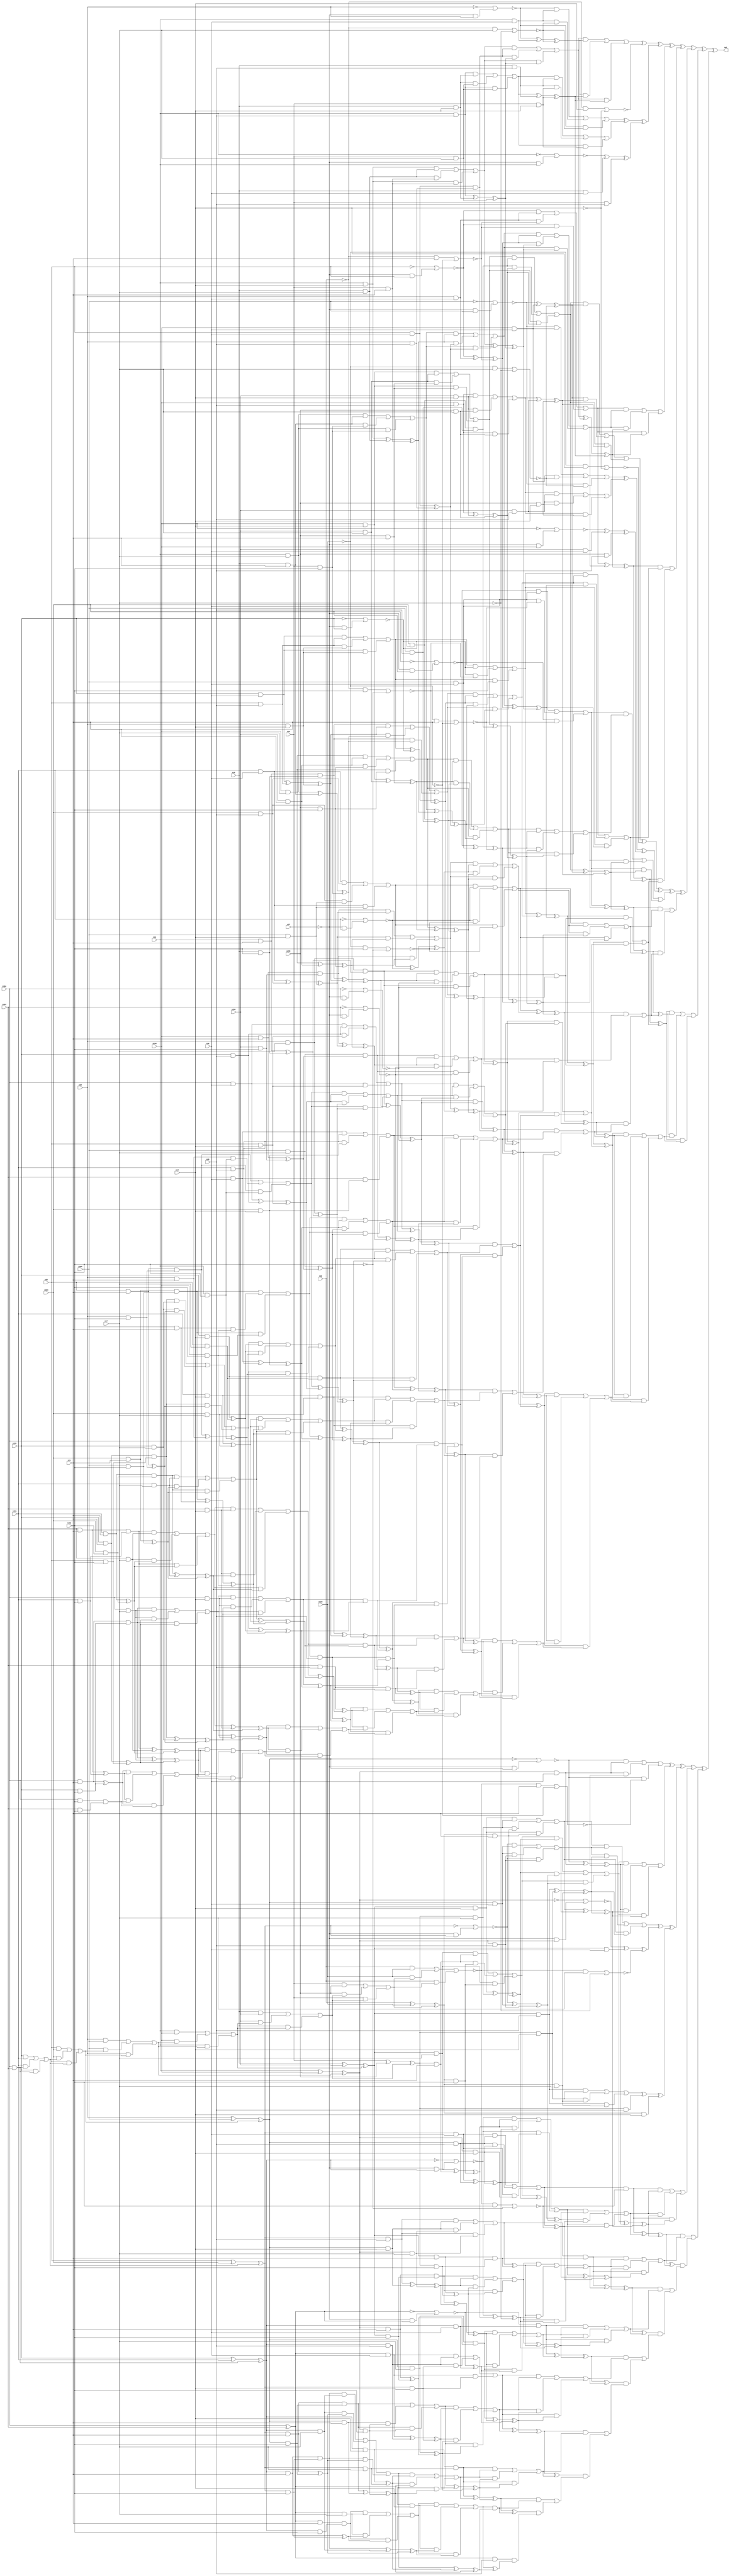
module top (out,n13,n14,n16,n17,n20,n21,n25,n26,n28
        ,n29,n43,n48,n103,n131,n184,n294,n296,n299,n303
        ,n305,n322,n401,n453);
output out;
input n13;
input n14;
input n16;
input n17;
input n20;
input n21;
input n25;
input n26;
input n28;
input n29;
input n43;
input n48;
input n103;
input n131;
input n184;
input n294;
input n296;
input n299;
input n303;
input n305;
input n322;
input n401;
input n453;
wire n0;
wire n1;
wire n2;
wire n3;
wire n4;
wire n5;
wire n6;
wire n7;
wire n8;
wire n9;
wire n10;
wire n11;
wire n12;
wire n15;
wire n18;
wire n19;
wire n22;
wire n23;
wire n24;
wire n27;
wire n30;
wire n31;
wire n32;
wire n33;
wire n34;
wire n35;
wire n36;
wire n37;
wire n38;
wire n39;
wire n40;
wire n41;
wire n42;
wire n44;
wire n45;
wire n46;
wire n47;
wire n49;
wire n50;
wire n51;
wire n52;
wire n53;
wire n54;
wire n55;
wire n56;
wire n57;
wire n58;
wire n59;
wire n60;
wire n61;
wire n62;
wire n63;
wire n64;
wire n65;
wire n66;
wire n67;
wire n68;
wire n69;
wire n70;
wire n71;
wire n72;
wire n73;
wire n74;
wire n75;
wire n76;
wire n77;
wire n78;
wire n79;
wire n80;
wire n81;
wire n82;
wire n83;
wire n84;
wire n85;
wire n86;
wire n87;
wire n88;
wire n89;
wire n90;
wire n91;
wire n92;
wire n93;
wire n94;
wire n95;
wire n96;
wire n97;
wire n98;
wire n99;
wire n100;
wire n101;
wire n102;
wire n104;
wire n105;
wire n106;
wire n107;
wire n108;
wire n109;
wire n110;
wire n111;
wire n112;
wire n113;
wire n114;
wire n115;
wire n116;
wire n117;
wire n118;
wire n119;
wire n120;
wire n121;
wire n122;
wire n123;
wire n124;
wire n125;
wire n126;
wire n127;
wire n128;
wire n129;
wire n130;
wire n132;
wire n133;
wire n134;
wire n135;
wire n136;
wire n137;
wire n138;
wire n139;
wire n140;
wire n141;
wire n142;
wire n143;
wire n144;
wire n145;
wire n146;
wire n147;
wire n148;
wire n149;
wire n150;
wire n151;
wire n152;
wire n153;
wire n154;
wire n155;
wire n156;
wire n157;
wire n158;
wire n159;
wire n160;
wire n161;
wire n162;
wire n163;
wire n164;
wire n165;
wire n166;
wire n167;
wire n168;
wire n169;
wire n170;
wire n171;
wire n172;
wire n173;
wire n174;
wire n175;
wire n176;
wire n177;
wire n178;
wire n179;
wire n180;
wire n181;
wire n182;
wire n183;
wire n185;
wire n186;
wire n187;
wire n188;
wire n189;
wire n190;
wire n191;
wire n192;
wire n193;
wire n194;
wire n195;
wire n196;
wire n197;
wire n198;
wire n199;
wire n200;
wire n201;
wire n202;
wire n203;
wire n204;
wire n205;
wire n206;
wire n207;
wire n208;
wire n209;
wire n210;
wire n211;
wire n212;
wire n213;
wire n214;
wire n215;
wire n216;
wire n217;
wire n218;
wire n219;
wire n220;
wire n221;
wire n222;
wire n223;
wire n224;
wire n225;
wire n226;
wire n227;
wire n228;
wire n229;
wire n230;
wire n231;
wire n232;
wire n233;
wire n234;
wire n235;
wire n236;
wire n237;
wire n238;
wire n239;
wire n240;
wire n241;
wire n242;
wire n243;
wire n244;
wire n245;
wire n246;
wire n247;
wire n248;
wire n249;
wire n250;
wire n251;
wire n252;
wire n253;
wire n254;
wire n255;
wire n256;
wire n257;
wire n258;
wire n259;
wire n260;
wire n261;
wire n262;
wire n263;
wire n264;
wire n265;
wire n266;
wire n267;
wire n268;
wire n269;
wire n270;
wire n271;
wire n272;
wire n273;
wire n274;
wire n275;
wire n276;
wire n277;
wire n278;
wire n279;
wire n280;
wire n281;
wire n282;
wire n283;
wire n284;
wire n285;
wire n286;
wire n287;
wire n288;
wire n289;
wire n290;
wire n291;
wire n292;
wire n293;
wire n295;
wire n297;
wire n298;
wire n300;
wire n301;
wire n302;
wire n304;
wire n306;
wire n307;
wire n308;
wire n309;
wire n310;
wire n311;
wire n312;
wire n313;
wire n314;
wire n315;
wire n316;
wire n317;
wire n318;
wire n319;
wire n320;
wire n321;
wire n323;
wire n324;
wire n325;
wire n326;
wire n327;
wire n328;
wire n329;
wire n330;
wire n331;
wire n332;
wire n333;
wire n334;
wire n335;
wire n336;
wire n337;
wire n338;
wire n339;
wire n340;
wire n341;
wire n342;
wire n343;
wire n344;
wire n345;
wire n346;
wire n347;
wire n348;
wire n349;
wire n350;
wire n351;
wire n352;
wire n353;
wire n354;
wire n355;
wire n356;
wire n357;
wire n358;
wire n359;
wire n360;
wire n361;
wire n362;
wire n363;
wire n364;
wire n365;
wire n366;
wire n367;
wire n368;
wire n369;
wire n370;
wire n371;
wire n372;
wire n373;
wire n374;
wire n375;
wire n376;
wire n377;
wire n378;
wire n379;
wire n380;
wire n381;
wire n382;
wire n383;
wire n384;
wire n385;
wire n386;
wire n387;
wire n388;
wire n389;
wire n390;
wire n391;
wire n392;
wire n393;
wire n394;
wire n395;
wire n396;
wire n397;
wire n398;
wire n399;
wire n400;
wire n402;
wire n403;
wire n404;
wire n405;
wire n406;
wire n407;
wire n408;
wire n409;
wire n410;
wire n411;
wire n412;
wire n413;
wire n414;
wire n415;
wire n416;
wire n417;
wire n418;
wire n419;
wire n420;
wire n421;
wire n422;
wire n423;
wire n424;
wire n425;
wire n426;
wire n427;
wire n428;
wire n429;
wire n430;
wire n431;
wire n432;
wire n433;
wire n434;
wire n435;
wire n436;
wire n437;
wire n438;
wire n439;
wire n440;
wire n441;
wire n442;
wire n443;
wire n444;
wire n445;
wire n446;
wire n447;
wire n448;
wire n449;
wire n450;
wire n451;
wire n452;
wire n454;
wire n455;
wire n456;
wire n457;
wire n458;
wire n459;
wire n460;
wire n461;
wire n462;
wire n463;
wire n464;
wire n465;
wire n466;
wire n467;
wire n468;
wire n469;
wire n470;
wire n471;
wire n472;
wire n473;
wire n474;
wire n475;
wire n476;
wire n477;
wire n478;
wire n479;
wire n480;
wire n481;
wire n482;
wire n483;
wire n484;
wire n485;
wire n486;
wire n487;
wire n488;
wire n489;
wire n490;
wire n491;
wire n492;
wire n493;
wire n494;
wire n495;
wire n496;
wire n497;
wire n498;
wire n499;
wire n500;
wire n501;
wire n502;
wire n503;
wire n504;
wire n505;
wire n506;
wire n507;
wire n508;
wire n509;
wire n510;
wire n511;
wire n512;
wire n513;
wire n514;
wire n515;
wire n516;
wire n517;
wire n518;
wire n519;
wire n520;
wire n521;
wire n522;
wire n523;
wire n524;
wire n525;
wire n526;
wire n527;
wire n528;
wire n529;
wire n530;
wire n531;
wire n532;
wire n533;
wire n534;
wire n535;
wire n536;
wire n537;
wire n538;
wire n539;
wire n540;
wire n541;
wire n542;
wire n543;
wire n544;
wire n545;
wire n546;
wire n547;
wire n548;
wire n549;
wire n550;
wire n551;
wire n552;
wire n553;
wire n554;
wire n555;
wire n556;
wire n557;
wire n558;
wire n559;
wire n560;
wire n561;
wire n562;
wire n563;
wire n564;
wire n565;
wire n566;
wire n567;
wire n568;
wire n569;
wire n570;
wire n571;
wire n572;
wire n573;
wire n574;
wire n575;
wire n576;
wire n577;
wire n578;
wire n579;
wire n580;
wire n581;
wire n582;
wire n583;
wire n584;
wire n585;
wire n586;
wire n587;
wire n588;
wire n589;
wire n590;
wire n591;
wire n592;
wire n593;
wire n594;
wire n595;
wire n596;
wire n597;
wire n598;
wire n599;
wire n600;
wire n601;
wire n602;
wire n603;
wire n604;
wire n605;
wire n606;
wire n607;
wire n608;
wire n609;
wire n610;
wire n611;
wire n612;
wire n613;
wire n614;
wire n615;
wire n616;
wire n617;
wire n618;
wire n619;
wire n620;
wire n621;
wire n622;
wire n623;
wire n624;
wire n625;
wire n626;
wire n627;
wire n628;
wire n629;
wire n630;
wire n631;
wire n632;
wire n633;
wire n634;
wire n635;
wire n636;
wire n637;
wire n638;
wire n639;
wire n640;
wire n641;
wire n642;
wire n643;
wire n644;
wire n645;
wire n646;
wire n647;
wire n648;
wire n649;
wire n650;
wire n651;
wire n652;
wire n653;
wire n654;
wire n655;
wire n656;
wire n657;
wire n658;
wire n659;
wire n660;
wire n661;
wire n662;
wire n663;
wire n664;
wire n665;
wire n666;
wire n667;
wire n668;
wire n669;
wire n670;
wire n671;
wire n672;
wire n673;
wire n674;
wire n675;
wire n676;
wire n677;
wire n678;
wire n679;
wire n680;
wire n681;
wire n682;
wire n683;
wire n684;
wire n685;
wire n686;
wire n687;
wire n688;
wire n689;
wire n690;
wire n691;
wire n692;
wire n693;
wire n694;
wire n695;
wire n696;
wire n697;
wire n698;
wire n699;
wire n700;
wire n701;
wire n702;
wire n703;
wire n704;
wire n705;
wire n706;
wire n707;
wire n708;
wire n709;
wire n710;
wire n711;
wire n712;
wire n713;
wire n714;
wire n715;
wire n716;
wire n717;
wire n718;
wire n719;
wire n720;
wire n721;
wire n722;
wire n723;
wire n724;
wire n725;
wire n726;
wire n727;
wire n728;
wire n729;
wire n730;
wire n731;
wire n732;
wire n733;
wire n734;
wire n735;
wire n736;
wire n737;
wire n738;
wire n739;
wire n740;
wire n741;
wire n742;
wire n743;
wire n744;
wire n745;
wire n746;
wire n747;
wire n748;
wire n749;
wire n750;
wire n751;
wire n752;
wire n753;
wire n754;
wire n755;
wire n756;
wire n757;
wire n758;
wire n759;
wire n760;
wire n761;
wire n762;
wire n763;
wire n764;
wire n765;
wire n766;
wire n767;
wire n768;
wire n769;
wire n770;
wire n771;
wire n772;
wire n773;
wire n774;
wire n775;
wire n776;
wire n777;
wire n778;
wire n779;
wire n780;
wire n781;
wire n782;
wire n783;
wire n784;
wire n785;
wire n786;
wire n787;
wire n788;
wire n789;
wire n790;
wire n791;
wire n792;
wire n793;
wire n794;
wire n795;
wire n796;
wire n797;
wire n798;
wire n799;
wire n800;
wire n801;
wire n802;
wire n803;
wire n804;
wire n805;
wire n806;
wire n807;
wire n808;
wire n809;
wire n810;
wire n811;
wire n812;
wire n813;
wire n814;
wire n815;
wire n816;
wire n817;
wire n818;
wire n819;
wire n820;
wire n821;
wire n822;
wire n823;
wire n824;
wire n825;
wire n826;
wire n827;
wire n828;
wire n829;
wire n830;
wire n831;
wire n832;
wire n833;
wire n834;
wire n835;
wire n836;
wire n837;
wire n838;
wire n839;
wire n840;
wire n841;
wire n842;
wire n843;
wire n844;
wire n845;
wire n846;
wire n847;
wire n848;
wire n849;
wire n850;
wire n851;
wire n852;
wire n853;
wire n854;
wire n855;
wire n856;
wire n857;
wire n858;
wire n859;
wire n860;
wire n861;
wire n862;
wire n863;
wire n864;
wire n865;
wire n866;
wire n867;
wire n868;
wire n869;
wire n870;
wire n871;
wire n872;
wire n873;
wire n874;
wire n875;
wire n876;
wire n877;
wire n878;
wire n879;
wire n880;
wire n881;
wire n882;
wire n883;
wire n884;
wire n885;
wire n886;
wire n887;
wire n888;
wire n889;
wire n890;
wire n891;
wire n892;
wire n893;
wire n894;
wire n895;
wire n896;
wire n897;
wire n898;
wire n899;
wire n900;
wire n901;
wire n902;
wire n903;
wire n904;
wire n905;
wire n906;
wire n907;
wire n908;
wire n909;
wire n910;
wire n911;
wire n912;
wire n913;
wire n914;
wire n915;
wire n916;
wire n917;
wire n918;
wire n919;
wire n920;
wire n921;
wire n922;
wire n923;
wire n924;
wire n925;
wire n926;
wire n927;
wire n928;
wire n929;
wire n930;
wire n931;
xor (out,n0,n613);
xor (n0,n1,n552);
xor (n1,n2,n283);
xor (n2,n3,n120);
xor (n3,n4,n80);
xor (n4,n5,n63);
xor (n5,n6,n60);
or (n6,n7,n50,n59);
and (n7,n8,n37);
or (n8,n9,n30,n36);
and (n9,n10,n23);
or (n10,n11,n18,n22);
and (n11,n12,n15);
and (n12,n13,n14);
and (n15,n16,n17);
and (n18,n15,n19);
and (n19,n20,n21);
and (n22,n12,n19);
and (n23,n24,n27);
and (n24,n25,n26);
and (n27,n28,n29);
and (n30,n23,n31);
xor (n31,n32,n35);
xor (n32,n33,n34);
and (n33,n13,n29);
and (n34,n16,n14);
and (n35,n20,n17);
and (n36,n10,n31);
xor (n37,n38,n45);
xor (n38,n39,n44);
nor (n39,n40,n41);
not (n40,n28);
and (n41,n42,n28);
not (n42,n43);
and (n44,n13,n26);
nor (n45,n46,n49);
and (n46,n47,n17);
not (n47,n48);
not (n49,n17);
and (n50,n37,n51);
xor (n51,n52,n58);
xor (n52,n53,n57);
or (n53,n54,n55,n56);
and (n54,n33,n34);
and (n55,n34,n35);
and (n56,n33,n35);
and (n57,n16,n29);
and (n58,n20,n14);
and (n59,n8,n51);
nor (n60,n61,n62);
and (n61,n47,n14);
not (n62,n14);
xor (n63,n64,n73);
xor (n64,n65,n69);
or (n65,n66,n67,n68);
and (n66,n39,n44);
and (n67,n44,n45);
and (n68,n39,n45);
or (n69,n70,n71,n72);
and (n70,n53,n57);
and (n71,n57,n58);
and (n72,n53,n58);
xor (n73,n74,n79);
xor (n74,n75,n78);
nor (n75,n76,n77);
not (n76,n13);
and (n77,n42,n13);
and (n78,n16,n26);
and (n79,n20,n29);
or (n80,n81,n116,n119);
and (n81,n82,n93);
or (n82,n83,n88,n92);
and (n83,n84,n87);
nor (n84,n85,n86);
not (n85,n25);
and (n86,n42,n25);
and (n87,n28,n26);
and (n88,n87,n89);
nor (n89,n90,n91);
and (n90,n47,n21);
not (n91,n21);
and (n92,n84,n89);
or (n93,n94,n112,n115);
and (n94,n95,n110);
or (n95,n96,n107,n109);
and (n96,n97,n105);
or (n97,n98,n101,n104);
and (n98,n99,n100);
and (n99,n13,n17);
and (n100,n16,n21);
and (n101,n100,n102);
and (n102,n20,n103);
and (n104,n99,n102);
xor (n105,n106,n19);
xor (n106,n12,n15);
and (n107,n105,n108);
xor (n108,n24,n27);
and (n109,n97,n108);
xor (n110,n111,n89);
xor (n111,n84,n87);
and (n112,n110,n113);
xor (n113,n114,n31);
xor (n114,n10,n23);
and (n115,n95,n113);
and (n116,n93,n117);
xor (n117,n118,n51);
xor (n118,n8,n37);
and (n119,n82,n117);
or (n120,n121,n167);
and (n121,n122,n124);
xor (n122,n123,n117);
xor (n123,n82,n93);
or (n124,n125,n163,n166);
and (n125,n126,n144);
or (n126,n127,n139,n143);
and (n127,n128,n136);
or (n128,n129,n133,n135);
and (n129,n130,n132);
and (n130,n131,n26);
and (n132,n25,n29);
and (n133,n132,n134);
and (n134,n28,n14);
and (n135,n130,n134);
nor (n136,n137,n138);
not (n137,n131);
and (n138,n42,n131);
and (n139,n136,n140);
nor (n140,n141,n142);
and (n141,n47,n103);
not (n142,n103);
and (n143,n128,n140);
or (n144,n145,n159,n162);
and (n145,n146,n157);
or (n146,n147,n153,n156);
and (n147,n148,n151);
and (n148,n149,n150);
and (n149,n13,n21);
and (n150,n16,n103);
xor (n151,n152,n134);
xor (n152,n130,n132);
and (n153,n151,n154);
xor (n154,n155,n102);
xor (n155,n99,n100);
and (n156,n148,n154);
xor (n157,n158,n140);
xor (n158,n128,n136);
and (n159,n157,n160);
xor (n160,n161,n108);
xor (n161,n97,n105);
and (n162,n146,n160);
and (n163,n144,n164);
xor (n164,n165,n113);
xor (n165,n95,n110);
and (n166,n126,n164);
and (n167,n168,n169);
xor (n168,n122,n124);
or (n169,n170,n189);
and (n170,n171,n173);
xor (n171,n172,n164);
xor (n172,n126,n144);
and (n173,n174,n187);
or (n174,n175,n181,n186);
and (n175,n176,n179);
and (n176,n177,n178);
and (n177,n28,n17);
xor (n178,n149,n150);
xor (n179,n180,n154);
xor (n180,n148,n151);
and (n181,n179,n182);
nor (n182,n183,n185);
not (n183,n184);
and (n185,n42,n184);
and (n186,n176,n182);
xor (n187,n188,n160);
xor (n188,n146,n157);
and (n189,n190,n191);
xor (n190,n171,n173);
or (n191,n192,n222);
and (n192,n193,n194);
xor (n193,n174,n187);
or (n194,n195,n218,n221);
and (n195,n196,n203);
or (n196,n197,n200,n202);
and (n197,n198,n199);
and (n198,n184,n26);
and (n199,n131,n29);
and (n200,n199,n201);
and (n201,n25,n14);
and (n202,n198,n201);
or (n203,n204,n215,n217);
and (n204,n205,n213);
or (n205,n206,n209,n212);
and (n206,n207,n208);
and (n207,n25,n21);
and (n208,n28,n103);
and (n209,n210,n211);
and (n210,n28,n21);
and (n211,n13,n103);
and (n212,n206,n211);
xor (n213,n214,n201);
xor (n214,n198,n199);
and (n215,n213,n216);
xor (n216,n177,n178);
and (n217,n205,n216);
and (n218,n203,n219);
xor (n219,n220,n182);
xor (n220,n176,n179);
and (n221,n196,n219);
and (n222,n223,n224);
xor (n223,n193,n194);
or (n224,n225,n253);
and (n225,n226,n228);
xor (n226,n227,n219);
xor (n227,n196,n203);
or (n228,n229,n249,n252);
and (n229,n230,n233);
and (n230,n231,n232);
and (n231,n131,n14);
and (n232,n25,n17);
or (n233,n234,n245,n248);
and (n234,n235,n244);
or (n235,n236,n241,n243);
and (n236,n237,n240);
and (n237,n238,n239);
and (n238,n131,n21);
and (n239,n25,n103);
and (n240,n131,n17);
and (n241,n240,n242);
xor (n242,n207,n208);
and (n243,n237,n242);
xor (n244,n231,n232);
and (n245,n244,n246);
xor (n246,n247,n211);
xor (n247,n206,n210);
and (n248,n235,n246);
and (n249,n233,n250);
xor (n250,n251,n216);
xor (n251,n205,n213);
and (n252,n230,n250);
and (n253,n254,n255);
xor (n254,n226,n228);
or (n255,n256,n278);
and (n256,n257,n259);
xor (n257,n258,n250);
xor (n258,n230,n233);
and (n259,n260,n276);
or (n260,n261,n272,n275);
and (n261,n262,n271);
or (n262,n263,n268,n270);
and (n263,n264,n267);
and (n264,n265,n266);
and (n265,n184,n21);
and (n266,n131,n103);
and (n267,n184,n17);
and (n268,n267,n269);
xor (n269,n238,n239);
and (n270,n264,n269);
and (n271,n184,n14);
and (n272,n271,n273);
xor (n273,n274,n242);
xor (n274,n237,n240);
and (n275,n262,n273);
xor (n276,n277,n246);
xor (n277,n235,n244);
and (n278,n279,n280);
xor (n279,n257,n259);
and (n280,n281,n282);
and (n281,n184,n29);
xor (n282,n260,n276);
xor (n283,n284,n390);
xor (n284,n285,n352);
xor (n285,n286,n335);
xor (n286,n287,n333);
or (n287,n288,n323,n332);
and (n288,n289,n313);
or (n289,n290,n306,n312);
and (n290,n291,n301);
or (n291,n292,n297,n300);
and (n292,n293,n295);
and (n293,n294,n14);
and (n295,n296,n17);
and (n297,n295,n298);
and (n298,n299,n21);
and (n300,n293,n298);
and (n301,n302,n304);
and (n302,n303,n26);
and (n304,n305,n29);
and (n306,n301,n307);
xor (n307,n308,n311);
xor (n308,n309,n310);
and (n309,n294,n29);
and (n310,n296,n14);
and (n311,n299,n17);
and (n312,n291,n307);
xor (n313,n314,n319);
xor (n314,n315,n318);
nor (n315,n316,n317);
not (n316,n305);
and (n317,n42,n305);
and (n318,n294,n26);
nor (n319,n320,n49);
and (n320,n321,n17);
not (n321,n322);
and (n323,n313,n324);
xor (n324,n325,n331);
xor (n325,n326,n330);
or (n326,n327,n328,n329);
and (n327,n309,n310);
and (n328,n310,n311);
and (n329,n309,n311);
and (n330,n296,n29);
and (n331,n299,n14);
and (n332,n289,n324);
nor (n333,n334,n62);
and (n334,n321,n14);
xor (n335,n336,n345);
xor (n336,n337,n341);
or (n337,n338,n339,n340);
and (n338,n315,n318);
and (n339,n318,n319);
and (n340,n315,n319);
or (n341,n342,n343,n344);
and (n342,n326,n330);
and (n343,n330,n331);
and (n344,n326,n331);
xor (n345,n346,n351);
xor (n346,n347,n350);
nor (n347,n348,n349);
not (n348,n294);
and (n349,n42,n294);
and (n350,n296,n26);
and (n351,n299,n29);
or (n352,n353,n386,n389);
and (n353,n354,n364);
or (n354,n355,n360,n363);
and (n355,n356,n359);
nor (n356,n357,n358);
not (n357,n303);
and (n358,n42,n303);
and (n359,n305,n26);
and (n360,n359,n361);
nor (n361,n362,n91);
and (n362,n321,n21);
and (n363,n356,n361);
or (n364,n365,n382,n385);
and (n365,n366,n380);
or (n366,n367,n377,n379);
and (n367,n368,n375);
or (n368,n369,n372,n374);
and (n369,n370,n371);
and (n370,n294,n17);
and (n371,n296,n21);
and (n372,n371,n373);
and (n373,n299,n103);
and (n374,n370,n373);
xor (n375,n376,n298);
xor (n376,n293,n295);
and (n377,n375,n378);
xor (n378,n302,n304);
and (n379,n368,n378);
xor (n380,n381,n361);
xor (n381,n356,n359);
and (n382,n380,n383);
xor (n383,n384,n307);
xor (n384,n291,n301);
and (n385,n366,n383);
and (n386,n364,n387);
xor (n387,n388,n324);
xor (n388,n289,n313);
and (n389,n354,n387);
or (n390,n391,n436);
and (n391,n392,n394);
xor (n392,n393,n387);
xor (n393,n354,n364);
or (n394,n395,n432,n435);
and (n395,n396,n413);
or (n396,n397,n409,n412);
and (n397,n398,n406);
or (n398,n399,n403,n405);
and (n399,n400,n402);
and (n400,n401,n26);
and (n402,n303,n29);
and (n403,n402,n404);
and (n404,n305,n14);
and (n405,n400,n404);
nor (n406,n407,n408);
not (n407,n401);
and (n408,n42,n401);
and (n409,n406,n410);
nor (n410,n411,n142);
and (n411,n321,n103);
and (n412,n398,n410);
or (n413,n414,n428,n431);
and (n414,n415,n426);
or (n415,n416,n422,n425);
and (n416,n417,n420);
and (n417,n418,n419);
and (n418,n294,n21);
and (n419,n296,n103);
xor (n420,n421,n404);
xor (n421,n400,n402);
and (n422,n420,n423);
xor (n423,n424,n373);
xor (n424,n370,n371);
and (n425,n417,n423);
xor (n426,n427,n410);
xor (n427,n398,n406);
and (n428,n426,n429);
xor (n429,n430,n378);
xor (n430,n368,n375);
and (n431,n415,n429);
and (n432,n413,n433);
xor (n433,n434,n383);
xor (n434,n366,n380);
and (n435,n396,n433);
and (n436,n437,n438);
xor (n437,n392,n394);
or (n438,n439,n458);
and (n439,n440,n442);
xor (n440,n441,n433);
xor (n441,n396,n413);
and (n442,n443,n456);
or (n443,n444,n450,n455);
and (n444,n445,n448);
and (n445,n446,n447);
and (n446,n305,n17);
xor (n447,n418,n419);
xor (n448,n449,n423);
xor (n449,n417,n420);
and (n450,n448,n451);
nor (n451,n452,n454);
not (n452,n453);
and (n454,n42,n453);
and (n455,n445,n451);
xor (n456,n457,n429);
xor (n457,n415,n426);
and (n458,n459,n460);
xor (n459,n440,n442);
or (n460,n461,n491);
and (n461,n462,n463);
xor (n462,n443,n456);
or (n463,n464,n487,n490);
and (n464,n465,n472);
or (n465,n466,n469,n471);
and (n466,n467,n468);
and (n467,n453,n26);
and (n468,n401,n29);
and (n469,n468,n470);
and (n470,n303,n14);
and (n471,n467,n470);
or (n472,n473,n484,n486);
and (n473,n474,n482);
or (n474,n475,n478,n481);
and (n475,n476,n477);
and (n476,n303,n21);
and (n477,n305,n103);
and (n478,n479,n480);
and (n479,n305,n21);
and (n480,n294,n103);
and (n481,n475,n480);
xor (n482,n483,n470);
xor (n483,n467,n468);
and (n484,n482,n485);
xor (n485,n446,n447);
and (n486,n474,n485);
and (n487,n472,n488);
xor (n488,n489,n451);
xor (n489,n445,n448);
and (n490,n465,n488);
and (n491,n492,n493);
xor (n492,n462,n463);
or (n493,n494,n522);
and (n494,n495,n497);
xor (n495,n496,n488);
xor (n496,n465,n472);
or (n497,n498,n518,n521);
and (n498,n499,n502);
and (n499,n500,n501);
and (n500,n401,n14);
and (n501,n303,n17);
or (n502,n503,n514,n517);
and (n503,n504,n513);
or (n504,n505,n510,n512);
and (n505,n506,n509);
and (n506,n507,n508);
and (n507,n401,n21);
and (n508,n303,n103);
and (n509,n401,n17);
and (n510,n509,n511);
xor (n511,n476,n477);
and (n512,n506,n511);
xor (n513,n500,n501);
and (n514,n513,n515);
xor (n515,n516,n480);
xor (n516,n475,n479);
and (n517,n504,n515);
and (n518,n502,n519);
xor (n519,n520,n485);
xor (n520,n474,n482);
and (n521,n499,n519);
and (n522,n523,n524);
xor (n523,n495,n497);
or (n524,n525,n547);
and (n525,n526,n528);
xor (n526,n527,n519);
xor (n527,n499,n502);
and (n528,n529,n545);
or (n529,n530,n541,n544);
and (n530,n531,n540);
or (n531,n532,n537,n539);
and (n532,n533,n536);
and (n533,n534,n535);
and (n534,n453,n21);
and (n535,n401,n103);
and (n536,n453,n17);
and (n537,n536,n538);
xor (n538,n507,n508);
and (n539,n533,n538);
and (n540,n453,n14);
and (n541,n540,n542);
xor (n542,n543,n511);
xor (n543,n506,n509);
and (n544,n531,n542);
xor (n545,n546,n515);
xor (n546,n504,n513);
and (n547,n548,n549);
xor (n548,n526,n528);
and (n549,n550,n551);
and (n550,n453,n29);
xor (n551,n529,n545);
or (n552,n553,n556,n612);
and (n553,n554,n555);
xor (n554,n168,n169);
xor (n555,n437,n438);
and (n556,n555,n557);
or (n557,n558,n561,n611);
and (n558,n559,n560);
xor (n559,n190,n191);
xor (n560,n459,n460);
and (n561,n560,n562);
or (n562,n563,n566,n610);
and (n563,n564,n565);
xor (n564,n223,n224);
xor (n565,n492,n493);
and (n566,n565,n567);
or (n567,n568,n571,n609);
and (n568,n569,n570);
xor (n569,n254,n255);
xor (n570,n523,n524);
and (n571,n570,n572);
or (n572,n573,n576,n608);
and (n573,n574,n575);
xor (n574,n279,n280);
xor (n575,n548,n549);
and (n576,n575,n577);
or (n577,n578,n581,n607);
and (n578,n579,n580);
xor (n579,n281,n282);
xor (n580,n550,n551);
and (n581,n580,n582);
or (n582,n583,n588,n606);
and (n583,n584,n586);
xor (n584,n585,n273);
xor (n585,n262,n271);
xor (n586,n587,n542);
xor (n587,n531,n540);
and (n588,n586,n589);
or (n589,n590,n595,n605);
and (n590,n591,n593);
xor (n591,n592,n269);
xor (n592,n264,n267);
xor (n593,n594,n538);
xor (n594,n533,n536);
and (n595,n593,n596);
or (n596,n597,n600,n604);
and (n597,n598,n599);
xor (n598,n265,n266);
xor (n599,n534,n535);
and (n600,n599,n601);
and (n601,n602,n603);
and (n602,n184,n103);
and (n603,n453,n103);
and (n604,n598,n601);
and (n605,n591,n596);
and (n606,n584,n589);
and (n607,n579,n582);
and (n608,n574,n577);
and (n609,n569,n572);
and (n610,n564,n567);
and (n611,n559,n562);
and (n612,n554,n557);
xor (n613,n614,n771);
xor (n614,n615,n735);
xor (n615,n616,n713);
xor (n616,n617,n661);
or (n617,n618,n640,n660);
and (n618,n619,n633);
nor (n619,n620,n632);
not (n620,n621);
xor (n621,n622,n623);
xor (n622,n28,n305);
or (n623,n624,n625,n631);
and (n624,n25,n303);
and (n625,n303,n626);
or (n626,n627,n628,n630);
and (n627,n131,n401);
and (n628,n401,n629);
and (n629,n184,n453);
and (n630,n131,n629);
and (n631,n25,n626);
and (n632,n42,n621);
and (n633,n634,n26);
xor (n634,n635,n636);
xor (n635,n13,n294);
or (n636,n637,n638,n639);
and (n637,n28,n305);
and (n638,n305,n623);
and (n639,n28,n623);
and (n640,n633,n641);
nor (n641,n642,n91);
and (n642,n643,n21);
not (n643,n644);
or (n644,n645,n646,n659);
and (n645,n48,n322);
and (n646,n322,n647);
or (n647,n648,n649,n658);
and (n648,n20,n299);
and (n649,n299,n650);
or (n650,n651,n652,n657);
and (n651,n16,n296);
and (n652,n296,n653);
or (n653,n654,n655,n656);
and (n654,n13,n294);
and (n655,n294,n636);
and (n656,n13,n636);
and (n657,n16,n653);
and (n658,n20,n650);
and (n659,n48,n647);
and (n660,n619,n641);
or (n661,n662,n696,n712);
and (n662,n663,n694);
or (n663,n664,n683,n693);
and (n664,n665,n678);
or (n665,n666,n673,n677);
and (n666,n667,n670);
and (n667,n668,n17);
xor (n668,n669,n653);
xor (n669,n16,n296);
and (n670,n671,n21);
xor (n671,n672,n650);
xor (n672,n20,n299);
and (n673,n670,n674);
and (n674,n675,n103);
xor (n675,n676,n647);
xor (n676,n48,n322);
and (n677,n667,n674);
xor (n678,n679,n682);
xor (n679,n680,n681);
and (n680,n668,n14);
and (n681,n671,n17);
and (n682,n675,n21);
and (n683,n678,n684);
xor (n684,n685,n692);
xor (n685,n686,n691);
nor (n686,n687,n690);
not (n687,n688);
xor (n688,n689,n626);
xor (n689,n25,n303);
and (n690,n42,n688);
and (n691,n621,n26);
and (n692,n634,n29);
and (n693,n665,n684);
xor (n694,n695,n641);
xor (n695,n619,n633);
and (n696,n694,n697);
xor (n697,n698,n707);
xor (n698,n699,n703);
or (n699,n700,n701,n702);
and (n700,n680,n681);
and (n701,n681,n682);
and (n702,n680,n682);
or (n703,n704,n705,n706);
and (n704,n686,n691);
and (n705,n691,n692);
and (n706,n686,n692);
xor (n707,n708,n711);
xor (n708,n709,n710);
and (n709,n668,n29);
and (n710,n671,n14);
and (n711,n675,n17);
and (n712,n663,n697);
xor (n713,n714,n727);
xor (n714,n715,n719);
or (n715,n716,n717,n718);
and (n716,n699,n703);
and (n717,n703,n707);
and (n718,n699,n707);
xor (n719,n720,n725);
xor (n720,n721,n724);
nor (n721,n722,n723);
not (n722,n634);
and (n723,n42,n634);
and (n724,n668,n26);
nor (n725,n726,n49);
and (n726,n643,n17);
xor (n727,n728,n734);
xor (n728,n729,n733);
or (n729,n730,n731,n732);
and (n730,n709,n710);
and (n731,n710,n711);
and (n732,n709,n711);
and (n733,n671,n29);
and (n734,n675,n14);
or (n735,n736,n767,n770);
and (n736,n737,n747);
and (n737,n738,n745);
or (n738,n739,n742,n744);
and (n739,n740,n741);
and (n740,n688,n26);
and (n741,n621,n29);
and (n742,n741,n743);
and (n743,n634,n14);
and (n744,n740,n743);
nor (n745,n746,n142);
and (n746,n643,n103);
or (n747,n748,n764,n766);
and (n748,n749,n762);
or (n749,n750,n758,n761);
and (n750,n751,n756);
nor (n751,n752,n755);
not (n752,n753);
xor (n753,n754,n629);
xor (n754,n131,n401);
and (n755,n42,n753);
xor (n756,n757,n674);
xor (n757,n667,n670);
and (n758,n756,n759);
xor (n759,n760,n743);
xor (n760,n740,n741);
and (n761,n751,n759);
xor (n762,n763,n684);
xor (n763,n665,n678);
and (n764,n762,n765);
xor (n765,n738,n745);
and (n766,n749,n765);
and (n767,n747,n768);
xor (n768,n769,n697);
xor (n769,n663,n694);
and (n770,n737,n768);
or (n771,n772,n809);
and (n772,n773,n775);
xor (n773,n774,n768);
xor (n774,n737,n747);
or (n775,n776,n805,n808);
and (n776,n777,n788);
and (n777,n778,n785);
or (n778,n779,n782,n784);
and (n779,n780,n781);
and (n780,n688,n29);
and (n781,n621,n14);
and (n782,n781,n783);
and (n783,n634,n17);
and (n784,n780,n783);
and (n785,n786,n787);
and (n786,n668,n21);
and (n787,n671,n103);
or (n788,n789,n801,n804);
and (n789,n790,n800);
or (n790,n791,n797,n799);
and (n791,n792,n795);
and (n792,n793,n794);
and (n793,n634,n21);
and (n794,n668,n103);
xor (n795,n796,n783);
xor (n796,n780,n781);
and (n797,n795,n798);
xor (n798,n786,n787);
and (n799,n792,n798);
xor (n800,n778,n785);
and (n801,n800,n802);
xor (n802,n803,n759);
xor (n803,n751,n756);
and (n804,n790,n802);
and (n805,n788,n806);
xor (n806,n807,n765);
xor (n807,n749,n762);
and (n808,n777,n806);
and (n809,n810,n811);
xor (n810,n773,n775);
or (n811,n812,n837);
and (n812,n813,n815);
xor (n813,n814,n806);
xor (n814,n777,n788);
or (n815,n816,n833,n836);
and (n816,n817,n823);
and (n817,n818,n822);
nor (n818,n819,n821);
not (n819,n820);
xor (n820,n184,n453);
and (n821,n42,n820);
and (n822,n753,n26);
or (n823,n824,n830,n832);
and (n824,n825,n828);
and (n825,n826,n827);
and (n826,n621,n17);
xor (n827,n793,n794);
xor (n828,n829,n798);
xor (n829,n792,n795);
and (n830,n828,n831);
xor (n831,n818,n822);
and (n832,n825,n831);
and (n833,n823,n834);
xor (n834,n835,n802);
xor (n835,n790,n800);
and (n836,n817,n834);
and (n837,n838,n839);
xor (n838,n813,n815);
or (n839,n840,n871);
and (n840,n841,n843);
xor (n841,n842,n834);
xor (n842,n817,n823);
or (n843,n844,n867,n870);
and (n844,n845,n852);
or (n845,n846,n849,n851);
and (n846,n847,n848);
and (n847,n820,n26);
and (n848,n753,n29);
and (n849,n848,n850);
and (n850,n688,n14);
and (n851,n847,n850);
or (n852,n853,n864,n866);
and (n853,n854,n862);
or (n854,n855,n858,n861);
and (n855,n856,n857);
and (n856,n688,n21);
and (n857,n621,n103);
and (n858,n859,n860);
and (n859,n621,n21);
and (n860,n634,n103);
and (n861,n855,n860);
xor (n862,n863,n850);
xor (n863,n847,n848);
and (n864,n862,n865);
xor (n865,n826,n827);
and (n866,n854,n865);
and (n867,n852,n868);
xor (n868,n869,n831);
xor (n869,n825,n828);
and (n870,n845,n868);
and (n871,n872,n873);
xor (n872,n841,n843);
or (n873,n874,n902);
and (n874,n875,n877);
xor (n875,n876,n868);
xor (n876,n845,n852);
or (n877,n878,n898,n901);
and (n878,n879,n882);
and (n879,n880,n881);
and (n880,n753,n14);
and (n881,n688,n17);
or (n882,n883,n894,n897);
and (n883,n884,n893);
or (n884,n885,n890,n892);
and (n885,n886,n889);
and (n886,n887,n888);
and (n887,n753,n21);
and (n888,n688,n103);
and (n889,n753,n17);
and (n890,n889,n891);
xor (n891,n856,n857);
and (n892,n886,n891);
xor (n893,n880,n881);
and (n894,n893,n895);
xor (n895,n896,n860);
xor (n896,n855,n859);
and (n897,n884,n895);
and (n898,n882,n899);
xor (n899,n900,n865);
xor (n900,n854,n862);
and (n901,n879,n899);
and (n902,n903,n904);
xor (n903,n875,n877);
or (n904,n905,n927);
and (n905,n906,n908);
xor (n906,n907,n899);
xor (n907,n879,n882);
and (n908,n909,n925);
or (n909,n910,n921,n924);
and (n910,n911,n920);
or (n911,n912,n917,n919);
and (n912,n913,n916);
and (n913,n914,n915);
and (n914,n820,n21);
and (n915,n753,n103);
and (n916,n820,n17);
and (n917,n916,n918);
xor (n918,n887,n888);
and (n919,n913,n918);
and (n920,n820,n14);
and (n921,n920,n922);
xor (n922,n923,n891);
xor (n923,n886,n889);
and (n924,n911,n922);
xor (n925,n926,n895);
xor (n926,n884,n893);
and (n927,n928,n929);
xor (n928,n906,n908);
and (n929,n930,n931);
and (n930,n820,n29);
xor (n931,n909,n925);
endmodule